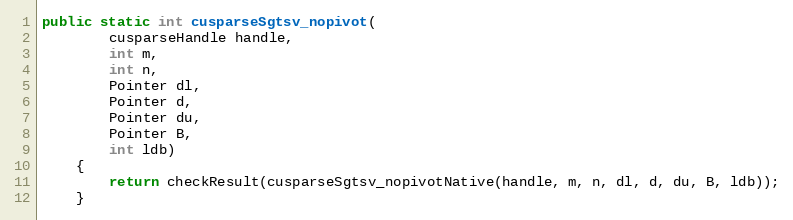
Language: Java
public static int cusparseSgtsv_nopivot(
        cusparseHandle handle,
        int m,
        int n,
        Pointer dl,
        Pointer d,
        Pointer du,
        Pointer B,
        int ldb)
    {
        return checkResult(cusparseSgtsv_nopivotNative(handle, m, n, dl, d, du, B, ldb));
    }